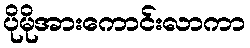
ပိုမိုအားကောင်းလာကာ